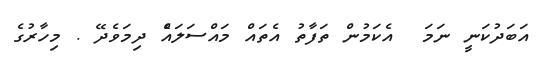
އަބަދުކަނީ ނަމަ  އެކަމުން ތަފާތު އެތައް މައްސަލައެް ދިމަވެދޭ . މިހާރުގެ